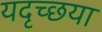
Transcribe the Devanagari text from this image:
यदृच्छया